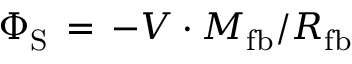
\Phi _ { \mathrm { S } } \, = \, - V \cdot M _ { \mathrm { f b } } / R _ { \mathrm { f b } }